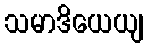
သမာဒိယေယျ